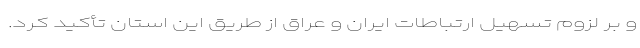
و بر لزوم تسهیل ارتباطات ایران و عراق از طریق این استان تأکید کرد.